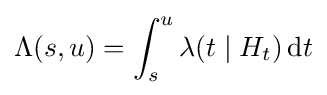
\Lambda (s,u)=\int _{s}^{u}\lambda (t\mid H_{t})\,\mathrm {d} t